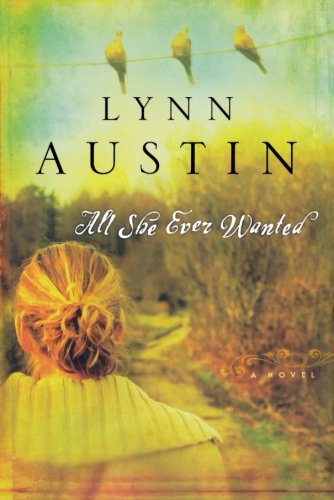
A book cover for All She Ever Wanted; Lynn Austin; Literature & Fiction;